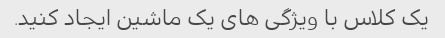
یک کلاس با ویژگی های یک ماشین ایجاد کنید.